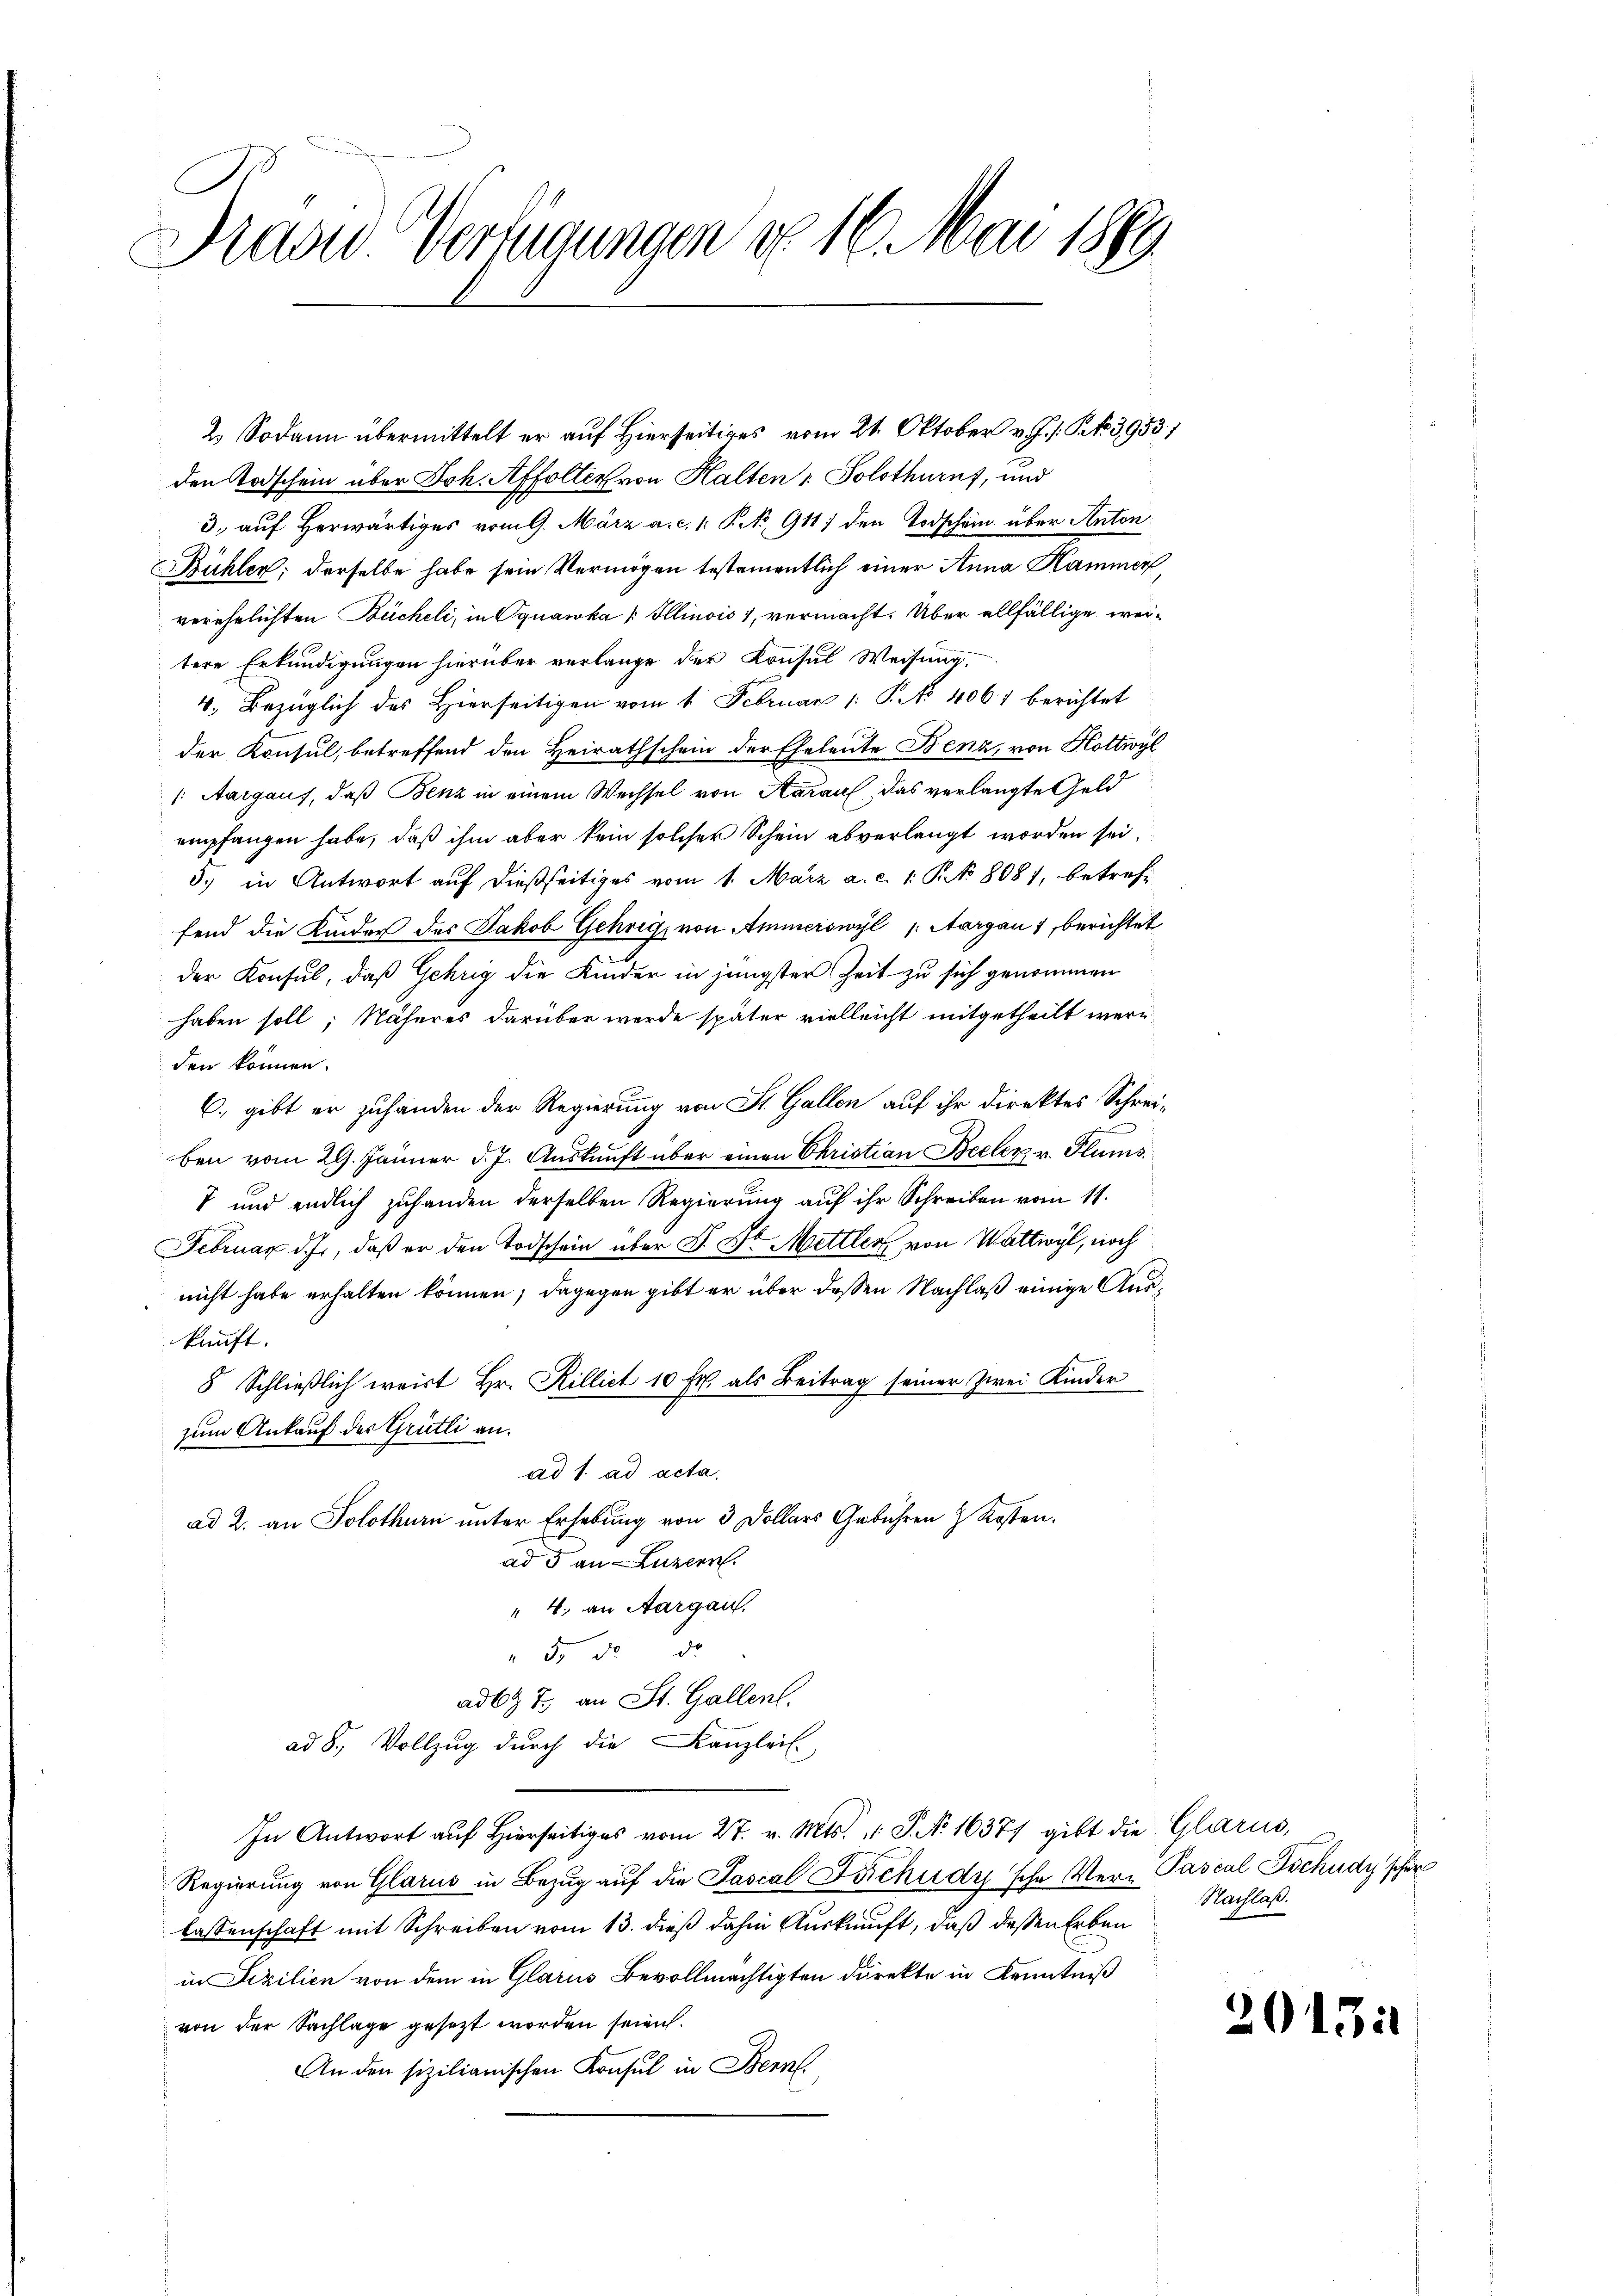
David Verfügungen d. 16. Mai 1889.

2) Sodann übermittelt er auf Hierseitiges vom 21. Oktober v. J. J. P. 3953/
den Todschein über Joh. Affolter von Halten u. Solothurn, und
3. auf Herwärtiges vom 9. März a. c. 1. P. No 911 den Todschein über Anton
Bühler; derselbe habe sein Vermögen testamentlich einer Anna Hammer,
verehelichten Bücheli, in Oquawka [ Illinois 1, vermacht. Über allfällige weitere Erkundigungen hierüber verlange der Konsul Weisung,
4. Bezüglich des Hierseitigen vom 1. Februar 1: P. No 4061 berichtet
der Konsul, betreffend den Heirathschein der Eheleute Benz, von Hottwyl
( Aargaus, daß Benz in einem Wechsel von Aarauf das verlangte Geld
empfangen habe, daß ihm aber kein solcher Schein abverlangt worden sei.
5.) in Antwort auf dießseitiges vom 1. März a. c. 1. No 8081, betreffend die Kinder des Jakob Gehrig, von Ammerswyl (Aargau 1, berichtet
der Konsul, daß Gehrig die Kinder in jüngster Zeit zu sich genommen
haben soll; Näheres darüber werde später vielleicht mitgetheilt werden können.
6., gibt er zuhanden der Regierung von St. Gallen auf ihr direktes Schrei-
ben vom 29. Jänner d. J. Auskunft über einen Christian Bieler v. Plums¬
7 und endlich zuhanden derselben Regierung auf ihr Schreiben vom 11.
Februar d., daß er den Todschein über D. Dr Mettler von Wattwyl, noch
nicht habe erhalten können; dagegen gibt er über dessen Nachlaß einige Auskunft.
8 Schließlich ergirt Hr. Rilliet 10 Fr. als Beitrag seiner Zwei Kinder
zum Ankauf des Grütli an.
ad 1. ad acta.
ad 2. an Solothurn unter Erhebung von 3 Dollars Gebühren & Kosten.
ad 3 an Luzern.
4. an Aargau.
 55 de
adbt T. an St. Gallen.
ad 8., Vollzug durch die Kanzleis
In Antwort auf hierseitig vom 27. v. Mts. v. J. No. 16371 gibt die Glarus,
Regierung von Glarus in Bezug auf die Pascal Beschudy'sche Ver- Pascal Tschudy'scher
lassenschaft mit Schreiben vom 13. dieß dahin Auskunft, daß dessen Erben
in Sizilien von dem in Glarus Bevollmächtigten direkte in Kenntniß
von der Sachlage gesezt worden seien.
An den sizilianischen Konsul in Bern.

Nachlaß.

2043: